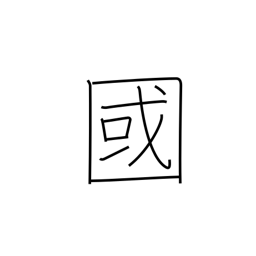
Meaning: country